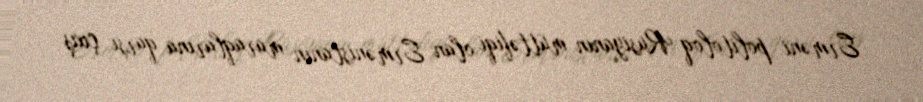
Erməni politoloq Rusiyanın müttəfiqi olan Ermənistanın maraqlarına qarşı çıxış